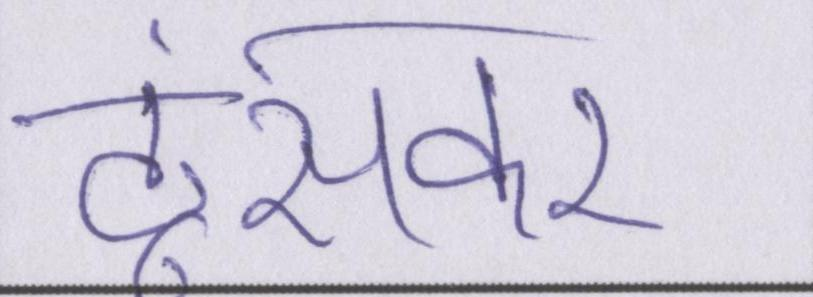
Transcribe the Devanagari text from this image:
ठूंसकर